Annual report on the lock hospitals of the Madras Presidency
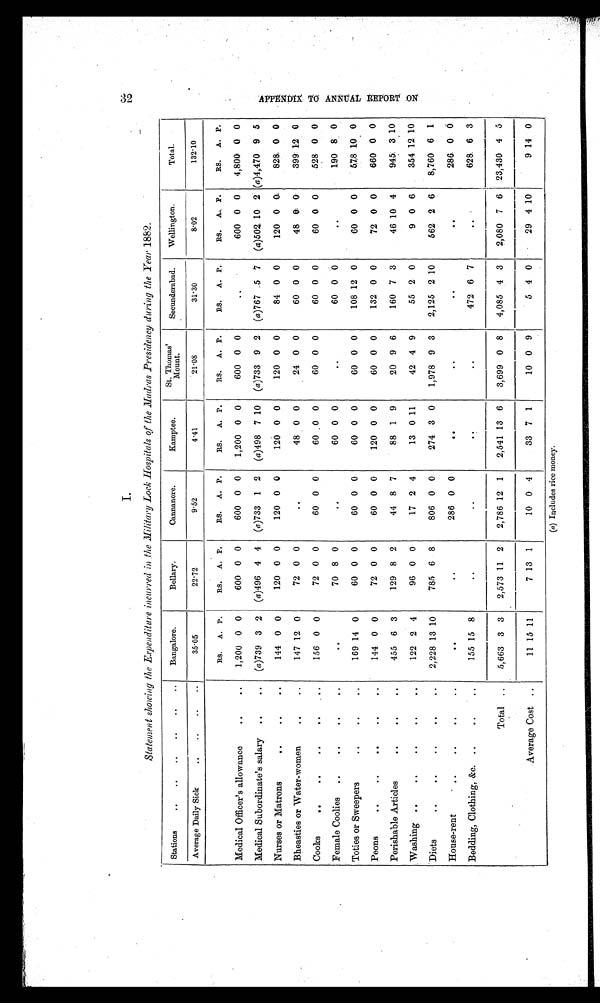
I.
Statement showing the Expenditure incurred in the Military Lock Hospitals of the Madras Presidency during the Year 1882.
Stations
..
..
..
..
..
..
Bangalore.
Bellary.
Cannanore.
Kamptee,
St. 'Thomas'
Mount.
Secunderabad.
Wellington.
Total.
Average Daily Sick
..
..
..
..
3 5 . 0 5
22.72
9.52
4.41
21.08
31.30
8 . 0 2
1 3 2 . 1 0
RS. A. P.
RS. A. P.
RS. A. P.
RS. A. P.
RS. A. P.
RS. A. P.
RS. A. P.
RS. A. P.
Medical Officer's allowance
..
..
1,200 0 0
600 0 0
600 0 0
1,200 0 0
600 0 0
. .
600 0 0
4,800 0 0
Medical Subordinate's salary
..
..
(a)739 3 2
( a)496 4 4
(a)733 1 2
(a)498 7 10
(a)733 9 2
(a)767 5 7
(a)502 10 2 (a)4,470 9 5
Nurses or Matrons
..
..
..
144 0 0
120 0 0
120 0 0
120 0 0
120 0 0
84 0 0
120 0 0
828 0 0
Bheasties or Water-women
..
..
147 12 0
72 0 0
. .
48 0 0
24 0 0
60 0 0
48 0 0
399 12 0
Cooks
..
..
..
..
..
156 0 0
72 0 0
60 0 0
60 0 0
60 0 0
60 0 0
60 0 0
528 0 0
Female Coolies
..
..
..
..
. .
70 8 0
. .
60 0 0
. .
60 0
0
. .
190 8 0
Toties or Sweepers
.. .. ..
169 14 0
60 0 0
60 0 0
60 0 0
60 0 0
108 12 0
60 0 0
578 10 0
Peons
..
..
..
..
..
144 0 0
72 0 0
60 0 0
120 0 0
60 0 0
132 0 0
72 0 0
660 0 0
Perishable Articles
..
..
..
455 6 3
129 8 2
44 8 7
88 1 9
20 9 6
160 7 3
46 10 4
945 3 10
Washing ..
..
..
..
..
122 2 4
96 0 0
17 2 4
13 0 11
42 4 9
55 2 0
9 0 6
354 12 10
Diets
..
..
.. .. ..
2,228 13 10
785 6 8
806 0 0
274 3 0
1,978 9 3
2,125 2 10
562 2 6
8,760 6 1
House-rent
..
.. .. ..
. .
. .
286 0 0
..
. .
. .
..
286 0 0
Bedding, Clothing, &amp;c. .. .. ..
155 15 8
..
..
. .
..
472 6 7
. .
628 6 3
Total ..
5,663 3 3
2,573 11 2
2,786 12 1
2,541 13 6
3,699 0 8
4,085 4 3
2,080 7 6
23,430 4 5
Average Cost ..
11 15 11
7 13 1
10 0 4
33 7 1
10 0 9
5 4 0
29 4 10
9 14 0
3 2 A P P E N D I X T O A N N U A L R E P O R T O N
(a) Includes rice money.